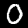
Label: 0